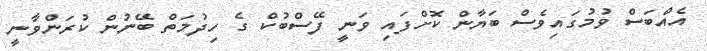
އެއްބަސް ވުމުގައިވެސް ބަޔާން ކޮށްފައި ވަނީ ފޭސްބުކް ގެ ހިދުމަތް ބޭނުން ކުރަންވާނީ